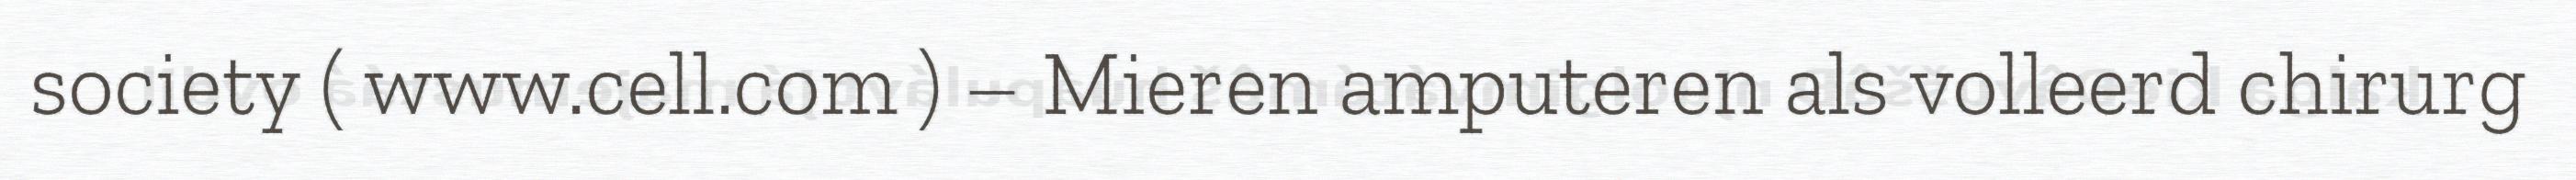
society ( www.cell.com ) – Mieren amputeren als volleerd chirurg